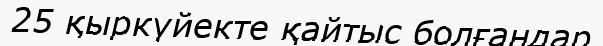
25 қыркүйекте қайтыс болғандар